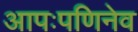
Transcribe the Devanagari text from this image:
आपःपणिनेव